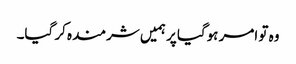
وہ تو امر ہوگیا پر ہمیں شرمندہ کر گیا۔